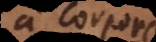
a corpore